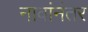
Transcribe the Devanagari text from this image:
नावांनंतर